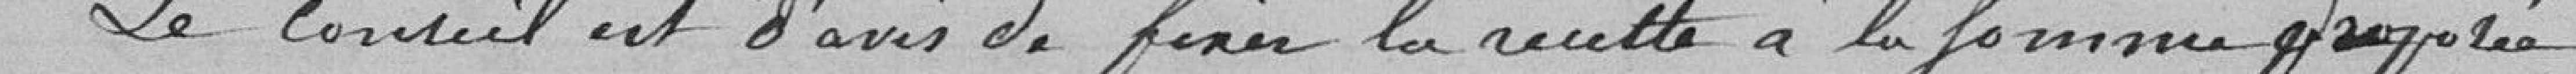
Le Conseil est d'avis de fixer la recette à la somme proposée